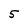
Character: 5